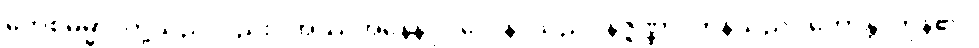
တေစဓမ္မာ၊ တို့သည်လည်း။ အဿအနေနပုဂ္ဂလေန၊ သည်။ နိဇ္ဇိဏ္ဏာ၊ ကုန်သည်။ ဟောန္တိ၊ ကုန်၏။